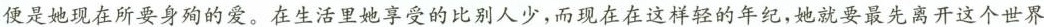
便是她现在所要身殉的爱。在生活里她享受的比别人少，而现在在这样轻的年纪，她就要最先离开这个世界